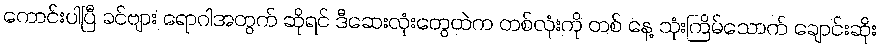
ကောင်းပါပြီ ခင်ဗျား ရောဂါအတွက် ဆိုရင် ဒီဆေးလုံးတွေထဲက တစ်လုံးကို တစ် နေ့ သုံးကြိမ်သောက် ချောင်းဆိုး